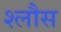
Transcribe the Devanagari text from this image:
श्लौस